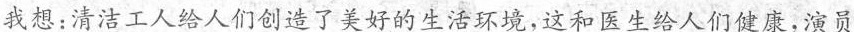
我想：清洁工人给人们创造了美好的生活环境，这和医生给人们健康，演员